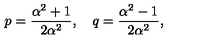
p = \frac { \alpha ^ { 2 } + 1 } { 2 \alpha ^ { 2 } } , \quad q = \frac { \alpha ^ { 2 } - 1 } { 2 \alpha ^ { 2 } } ,